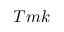
T m k